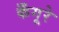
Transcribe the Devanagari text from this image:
कँगूरे